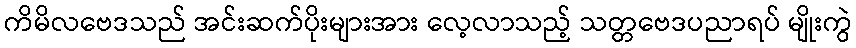
ကိမိလဗေဒသည် အင်းဆက်ပိုးများအား လေ့လာသည့် သတ္တဗေဒပညာရပ် မျိုးကွဲ